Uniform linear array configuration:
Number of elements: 16
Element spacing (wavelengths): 0.5
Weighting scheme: exponential
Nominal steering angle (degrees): -60
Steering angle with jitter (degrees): -59.317
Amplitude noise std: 0.05
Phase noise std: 0.05

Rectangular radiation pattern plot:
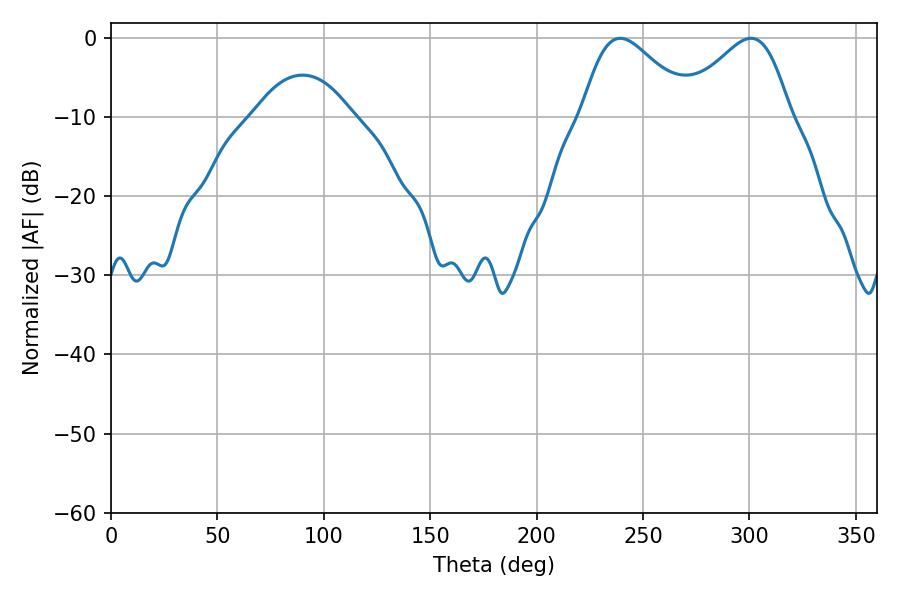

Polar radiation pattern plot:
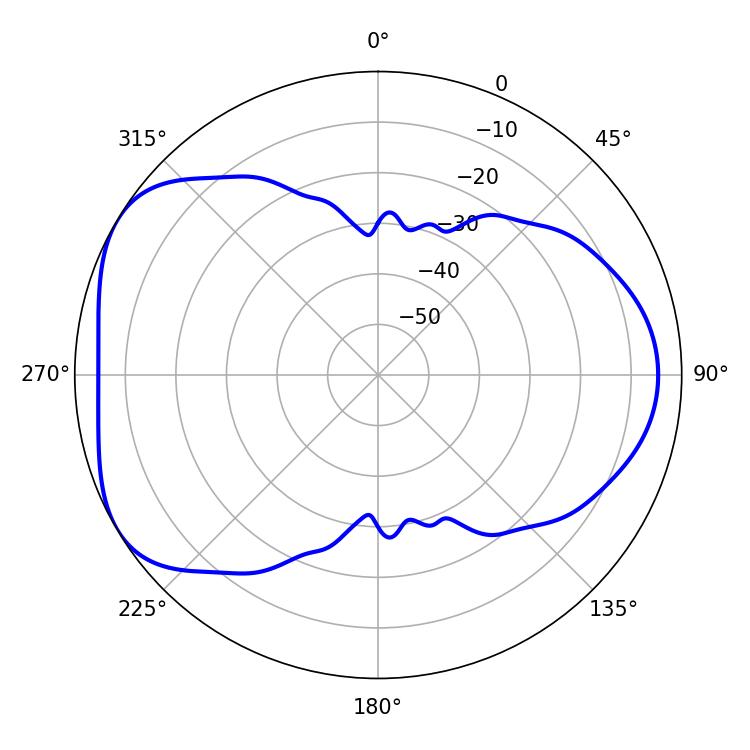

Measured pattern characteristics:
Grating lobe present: FALSE
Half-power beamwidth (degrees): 27.18
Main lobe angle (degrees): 239.22